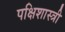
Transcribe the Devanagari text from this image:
पक्षिशास्त्री